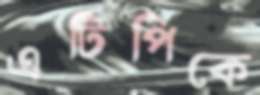
এটিপিকে